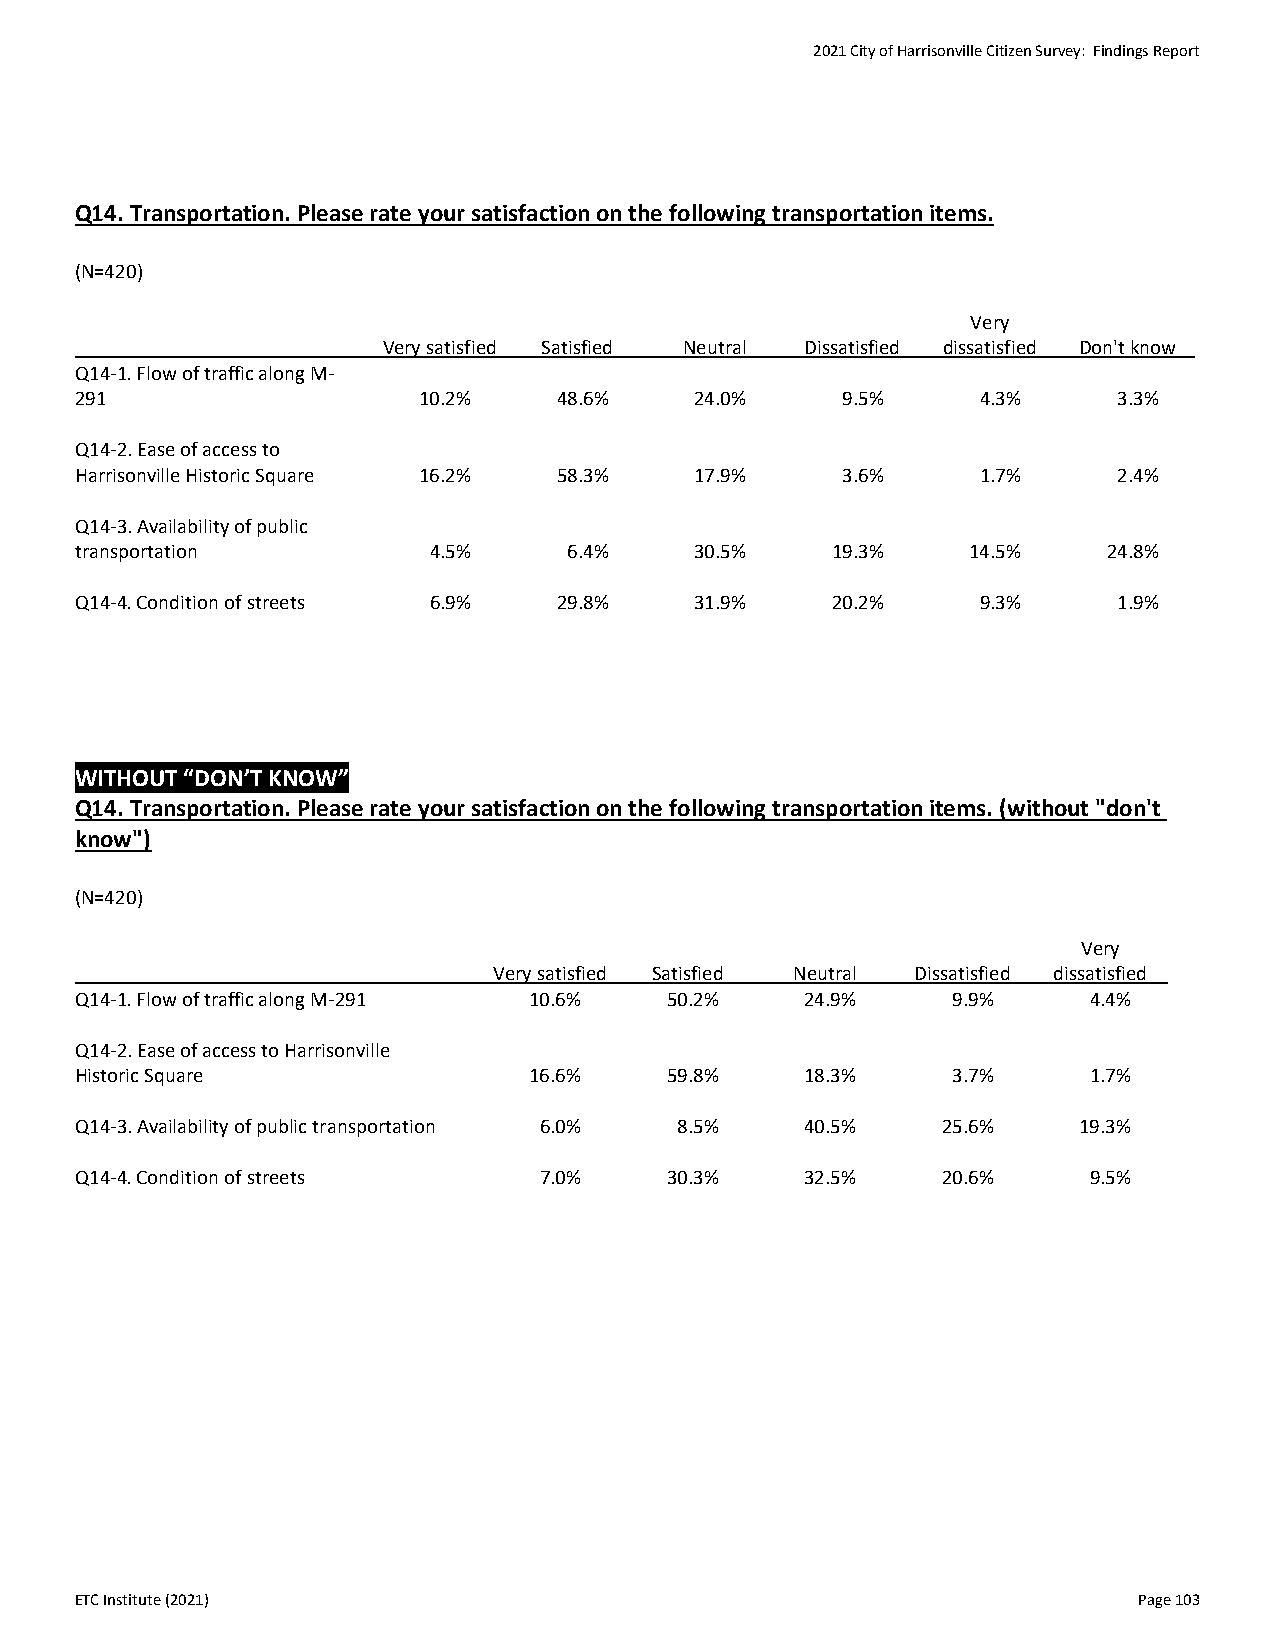
2021 City of Harrisonville Citizen Survey: Findings Report
 Q14. Transportation. Please rate your satisfaction on the following transportation items.
 (N=420)
 Very
 Very satisfied Satisfied Neutral Dissatisfied dissatisfied Don't know
 Q14-1. Flow of traffic along M-
 291                    10.2%    48.6%    24.0%     9.5%     4.3%     3.3%
 Q14-2. Ease of access to
 Harrisonville Historic Square 16.2% 58.3% 17.9%    3.6%     1.7%     2.4%
 Q14-3. Availability of public
 transportation         4.5%      6.4%    30.5%    19.3%    14.5%    24.8%
 Q14-4. Condition of streets 6.9% 29.8%   31.9%    20.2%     9.3%     1.9%
 WITHOUT “DON’T KNOW”
 Q14. Transportation. Please rate your satisfaction on the following transportation items. (without "don't
 know")
 (N=420)
 Very
 Very satisfied Satisfied Neutral Dissatisfied dissatisfied
 Q14-1. Flow of traffic along M-291 10.6% 50.2%  24.9%     9.9%     4.4%
 Q14-2. Ease of access to Harrisonville
 Historic Square               16.6%    59.8%    18.3%     3.7%     1.7%
 Q14-3. Availability of public transportation 6.0% 8.5% 40.5% 25.6% 19.3%
 Q14-4. Condition of streets    7.0%    30.3%    32.5%    20.6%     9.5%
 ETC Institute (2021)                                                  Page 103